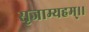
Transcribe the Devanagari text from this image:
सृजाम्यहम्।।